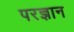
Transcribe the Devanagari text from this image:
परज्ञान